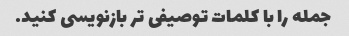
جمله را با کلمات توصیفی تر بازنویسی کنید.